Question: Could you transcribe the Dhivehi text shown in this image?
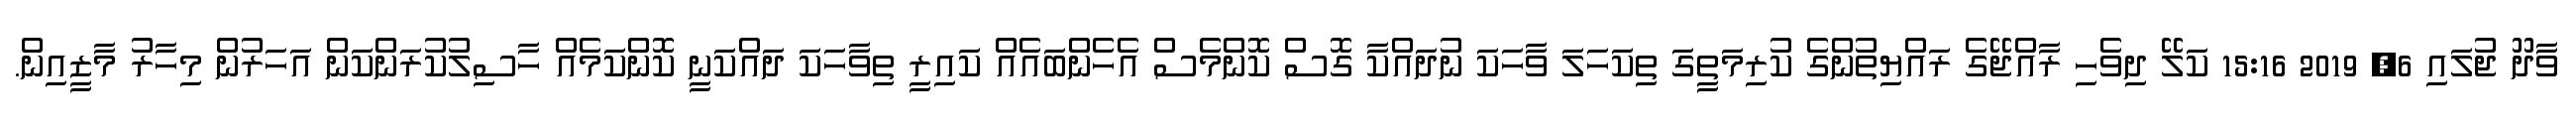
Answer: ވާދޫ ޖުލައި 6, 2019 15:16 ކަލޭ ދިވެހި ރާއްޖޭގެ ރައްޔިތުންގެ ކުރިމަތީގަ ތިކަހަލަ ވާހަކަ ނުދައްކާ ގޮސް ކޮންމެސް އެހެންބައެއް ކައިރީ ތިވާހަކަ ދައްކަނީ ކޮންކަމެއް ހާސިލުކުރަންކަން އަހަރުން މިހާރު މާޒީއިން.